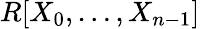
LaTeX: R[X_{0},\dotsc,X_{n-1}]